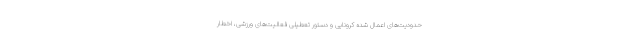
حدودیت‌های اعمال شده کرونایی و دستور تعطیلی فعالیت‌های ورزشی، اخطار